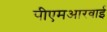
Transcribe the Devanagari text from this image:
पीएमआरवाई